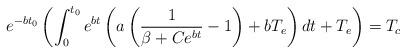
LaTeX: \begin{align*}e^{-bt_0} \left(\int_0^{t_0} e^{bt} \left(a\left(\frac{1}{\beta + Ce^{bt}} - 1\right) + bT_e\right) dt + T_e \right)=T_c\end{align*}